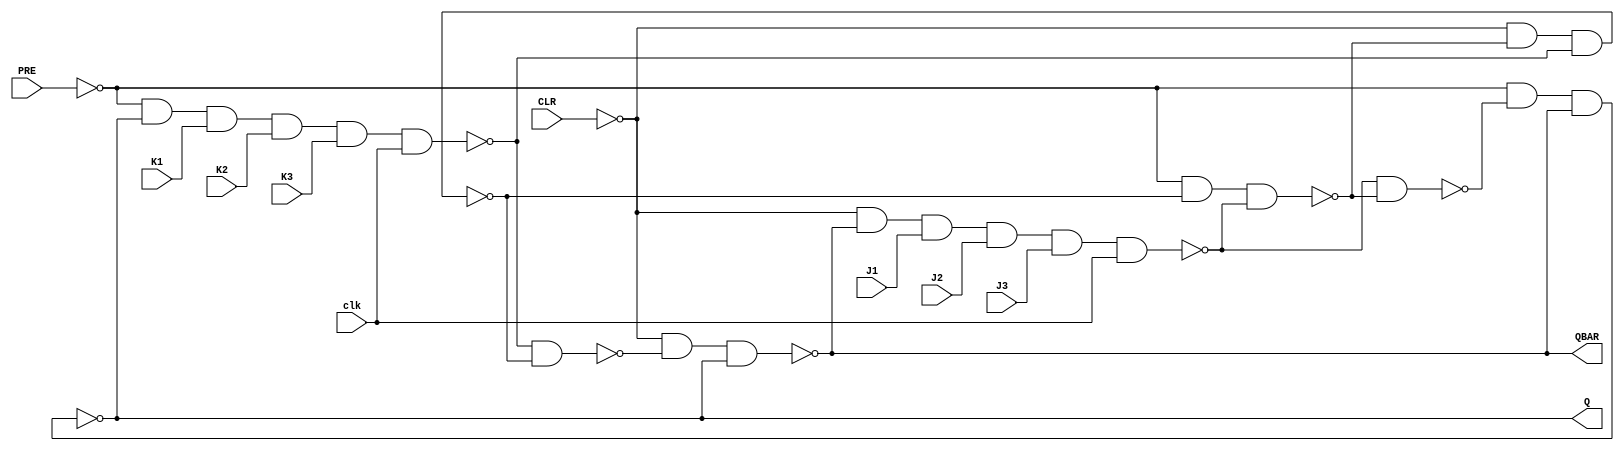
module JK_MS_3(input clk , input J1 , input J2 , input J3 , input K1 , input K2 , input K3 , input PRE , input CLR , output Q , output QBAR);
wire A_w , B_w , C_w , D_w , E_w , F_w , PRE_w , CLR_w , Q_w , QBAR_w;
buf uut1(Q_w , Q);// Always for Verilog predefined logic gate primitives , output signal must be specified first , followed by one or more input signals. For Verilog user-defined logic gate primitives , one or more input signals must be specified first , followed by output signal. Same thing for user defined modules.
buf uut2(QBAR_w , QBAR);
not uut3(PRE_w , PRE);
not uut4(CLR_w , CLR);
nand uut5(A_w , PRE_w , Q_w , K1 , K2 , K3 , clk);
nand uut6(B_w , CLR_w , QBAR_w , J1 , J2 , J3 , clk);
nand uut7(C_w , PRE_w , D_w , B_w);
nand uut8(D_w , CLR_w , C_w , A_w);
nand uut9(E_w , A_w , D_w);
nand uut10(F_w, B_w , C_w);
nand uut11(Q , PRE_w , F_w , QBAR_w);
nand uut12(QBAR , CLR_w , E_w , Q_w);
endmodule